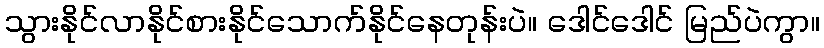
သွားနိုင်လာနိုင်စားနိုင်သောက်နိုင်နေတုန်းပဲ။ ဒေါင်ဒေါင် မြည်ပဲကွာ။